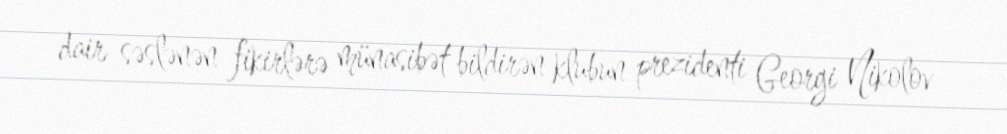
dair səslənən fikirlərə münasibət bildirən klubun prezidenti Georgi Nikolov